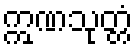
ဣဏသုတ္တံ